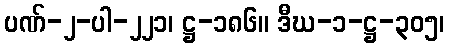
ပဏ်-၂-ပါ-၂၂၁၊ ဋ္ဌ-၁၈၆။ ဒီဃ-၁-ဋ္ဌ-၃၀၅၊